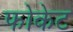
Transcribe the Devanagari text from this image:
फोकेट